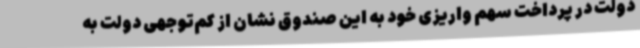
دولت در پرداخت سهم واریزی خود به این صندوق نشان از کم‌توجهی دولت به